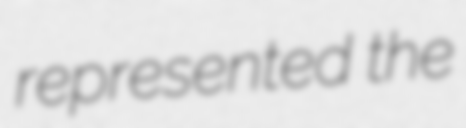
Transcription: represented the